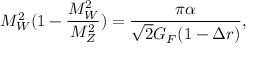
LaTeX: M _ { W } ^ { 2 } ( 1 - { \frac { M _ { W } ^ { 2 } } { M _ { Z } ^ { 2 } } } ) = { \frac { \pi \alpha } { \sqrt { 2 } G _ { F } ( 1 - \Delta r ) } } ,